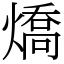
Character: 燆